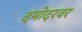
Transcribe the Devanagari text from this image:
दमोदरवर